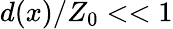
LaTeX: d(x)/Z_{0}<<1